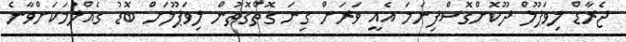
ޖެރާޑް ލިވަޕޫލް ދޫކޮށްގޮސްފިނަމަ އެއީ ވަރަށް ގިނަ ގޮތްގޮތުން ލިވަޕޫލަށް ބޮޑު ގެއްލުމަކަށްވާނެ